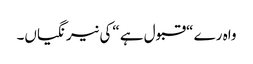
واہ رے “قبول ہے “کی نیرنگیاں۔